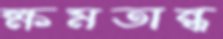
ক্ষমতান্ধ